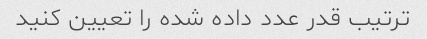
ترتیب قدر عدد داده شده را تعیین کنید